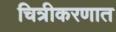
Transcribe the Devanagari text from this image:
चित्रीकरणात